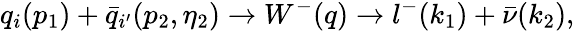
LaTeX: q_{i}(p_{1})+{\bar{q}}_{i^{\prime}}(p_{2},\eta_{2})\rightarrow W^{-}(q)\rightarrow l^{-}(k_{1})+{\bar{\nu}}(k_{2}),